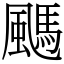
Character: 䬚